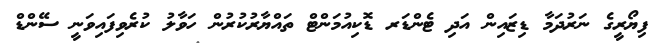
ފިޔޯރީގެ ނަރުދަމާ ޑިޒައިން އަދި ޓެންޑަރ ޑޮކިއުމަންޓް ތައްޔާރުކުރުން ހަވާލު ކުރެވިފައިވަނީ ސޭންޑް